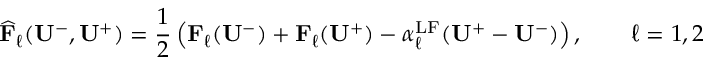
\widehat { \mathbf { F } } _ { \ell } ( \mathbf { U } ^ { - } , \mathbf { U } ^ { + } ) = \frac { 1 } { 2 } \left( \mathbf { F } _ { \ell } ( \mathbf { U } ^ { - } ) + \mathbf { F } _ { \ell } ( \mathbf { U } ^ { + } ) - \alpha _ { \ell } ^ { \mathrm { { L F } } } ( \mathbf { U } ^ { + } - \mathbf { U } ^ { - } ) \right) , \qquad \ell = 1 , 2